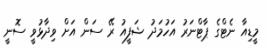
މީޑިއާ ނެޓްގެ ޕާޓްނަރު އަހުމަދު ޝަފީއު ރޭ ސަން އަށް ވިދާޅުވީ ސޮނީ